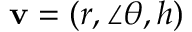
\mathbf { v } = ( r , \angle \theta , h )